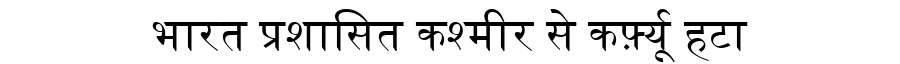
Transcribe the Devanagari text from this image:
भारत प्रशासित कश्मीर से कर्फ़्यू हटा